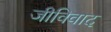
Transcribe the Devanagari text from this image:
जीविवाद